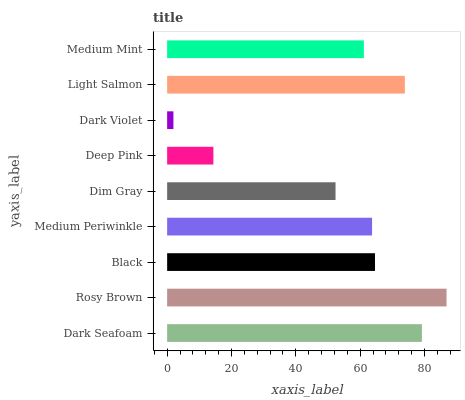
| yaxis_label | bars |
 | --- | --- |
 | Dark Seafoam | 79.2 |
 | Rosy Brown | 86.8 |
 | Black | 64.6 |
 | Medium Periwinkle | 63.7 |
 | Dim Gray | 52.3 |
 | Deep Pink | 14.4 |
 | Dark Violet | 1.95 |
 | Light Salmon | 73.9 |
 | Medium Mint | 61.2 |